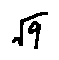
\sqrt { 9 }